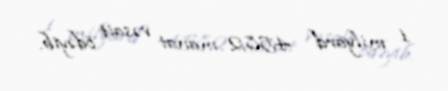
1 milyard 458,2 manat vəsait ödəyib.